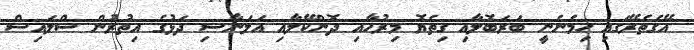
އޭގެތެރޭގައި ހިމެނެނީ ބަރަބޮލާއި ގިތެޔޮ މިރުހާއި ދޮންކޭލާއި އަލަނާސި ދަޅުގެ އިތުރުން ސްލައިސް